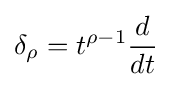
\delta _{\rho }=t^{\rho -1}{\frac {d}{dt}}